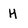
Character: H